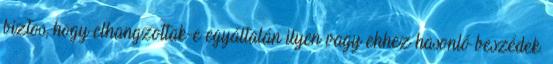
biztos, hogy elhangzottak-e egyáltalán ilyen vagy ehhez hasonló beszédek.